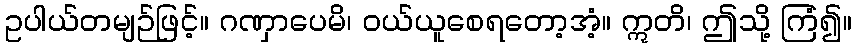
ဥပါယ်တမျဉ်ဖြင့်။ ဂဏှာပေမိ၊ ဝယ်ယူစေရတော့အံ့။ ဣတိ၊ ဤသို့ ကြံ၍။